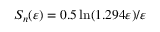
S _ { n } ( \varepsilon ) = 0 . 5 \ln ( 1 . 2 9 4 \varepsilon ) / \varepsilon